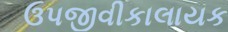
ઉપજીવીકાલાયક